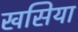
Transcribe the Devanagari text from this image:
खसिया